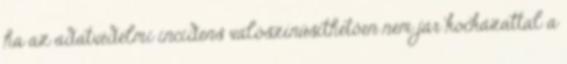
ha az adatvédelmi incidens valószínűsíthetően nem jár kockázattal a